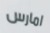
امارس